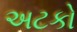
અટકો